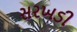
સરખડી